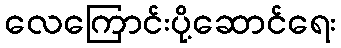
လေကြောင်းပို့ဆောင်ရေး